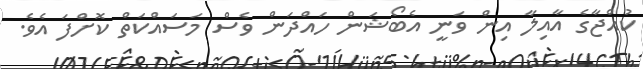
ކުއްޖާގެ އާއިލާ އިން ވަނީ އެބޯޝަން ހައްދަން ވެސް މަސައްކަތް ކޮށްފަ އެވެ.